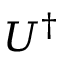
U ^ { \dagger }